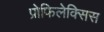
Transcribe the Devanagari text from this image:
प्रोफिलेक्सिस